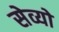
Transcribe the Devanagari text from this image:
सेव्यो